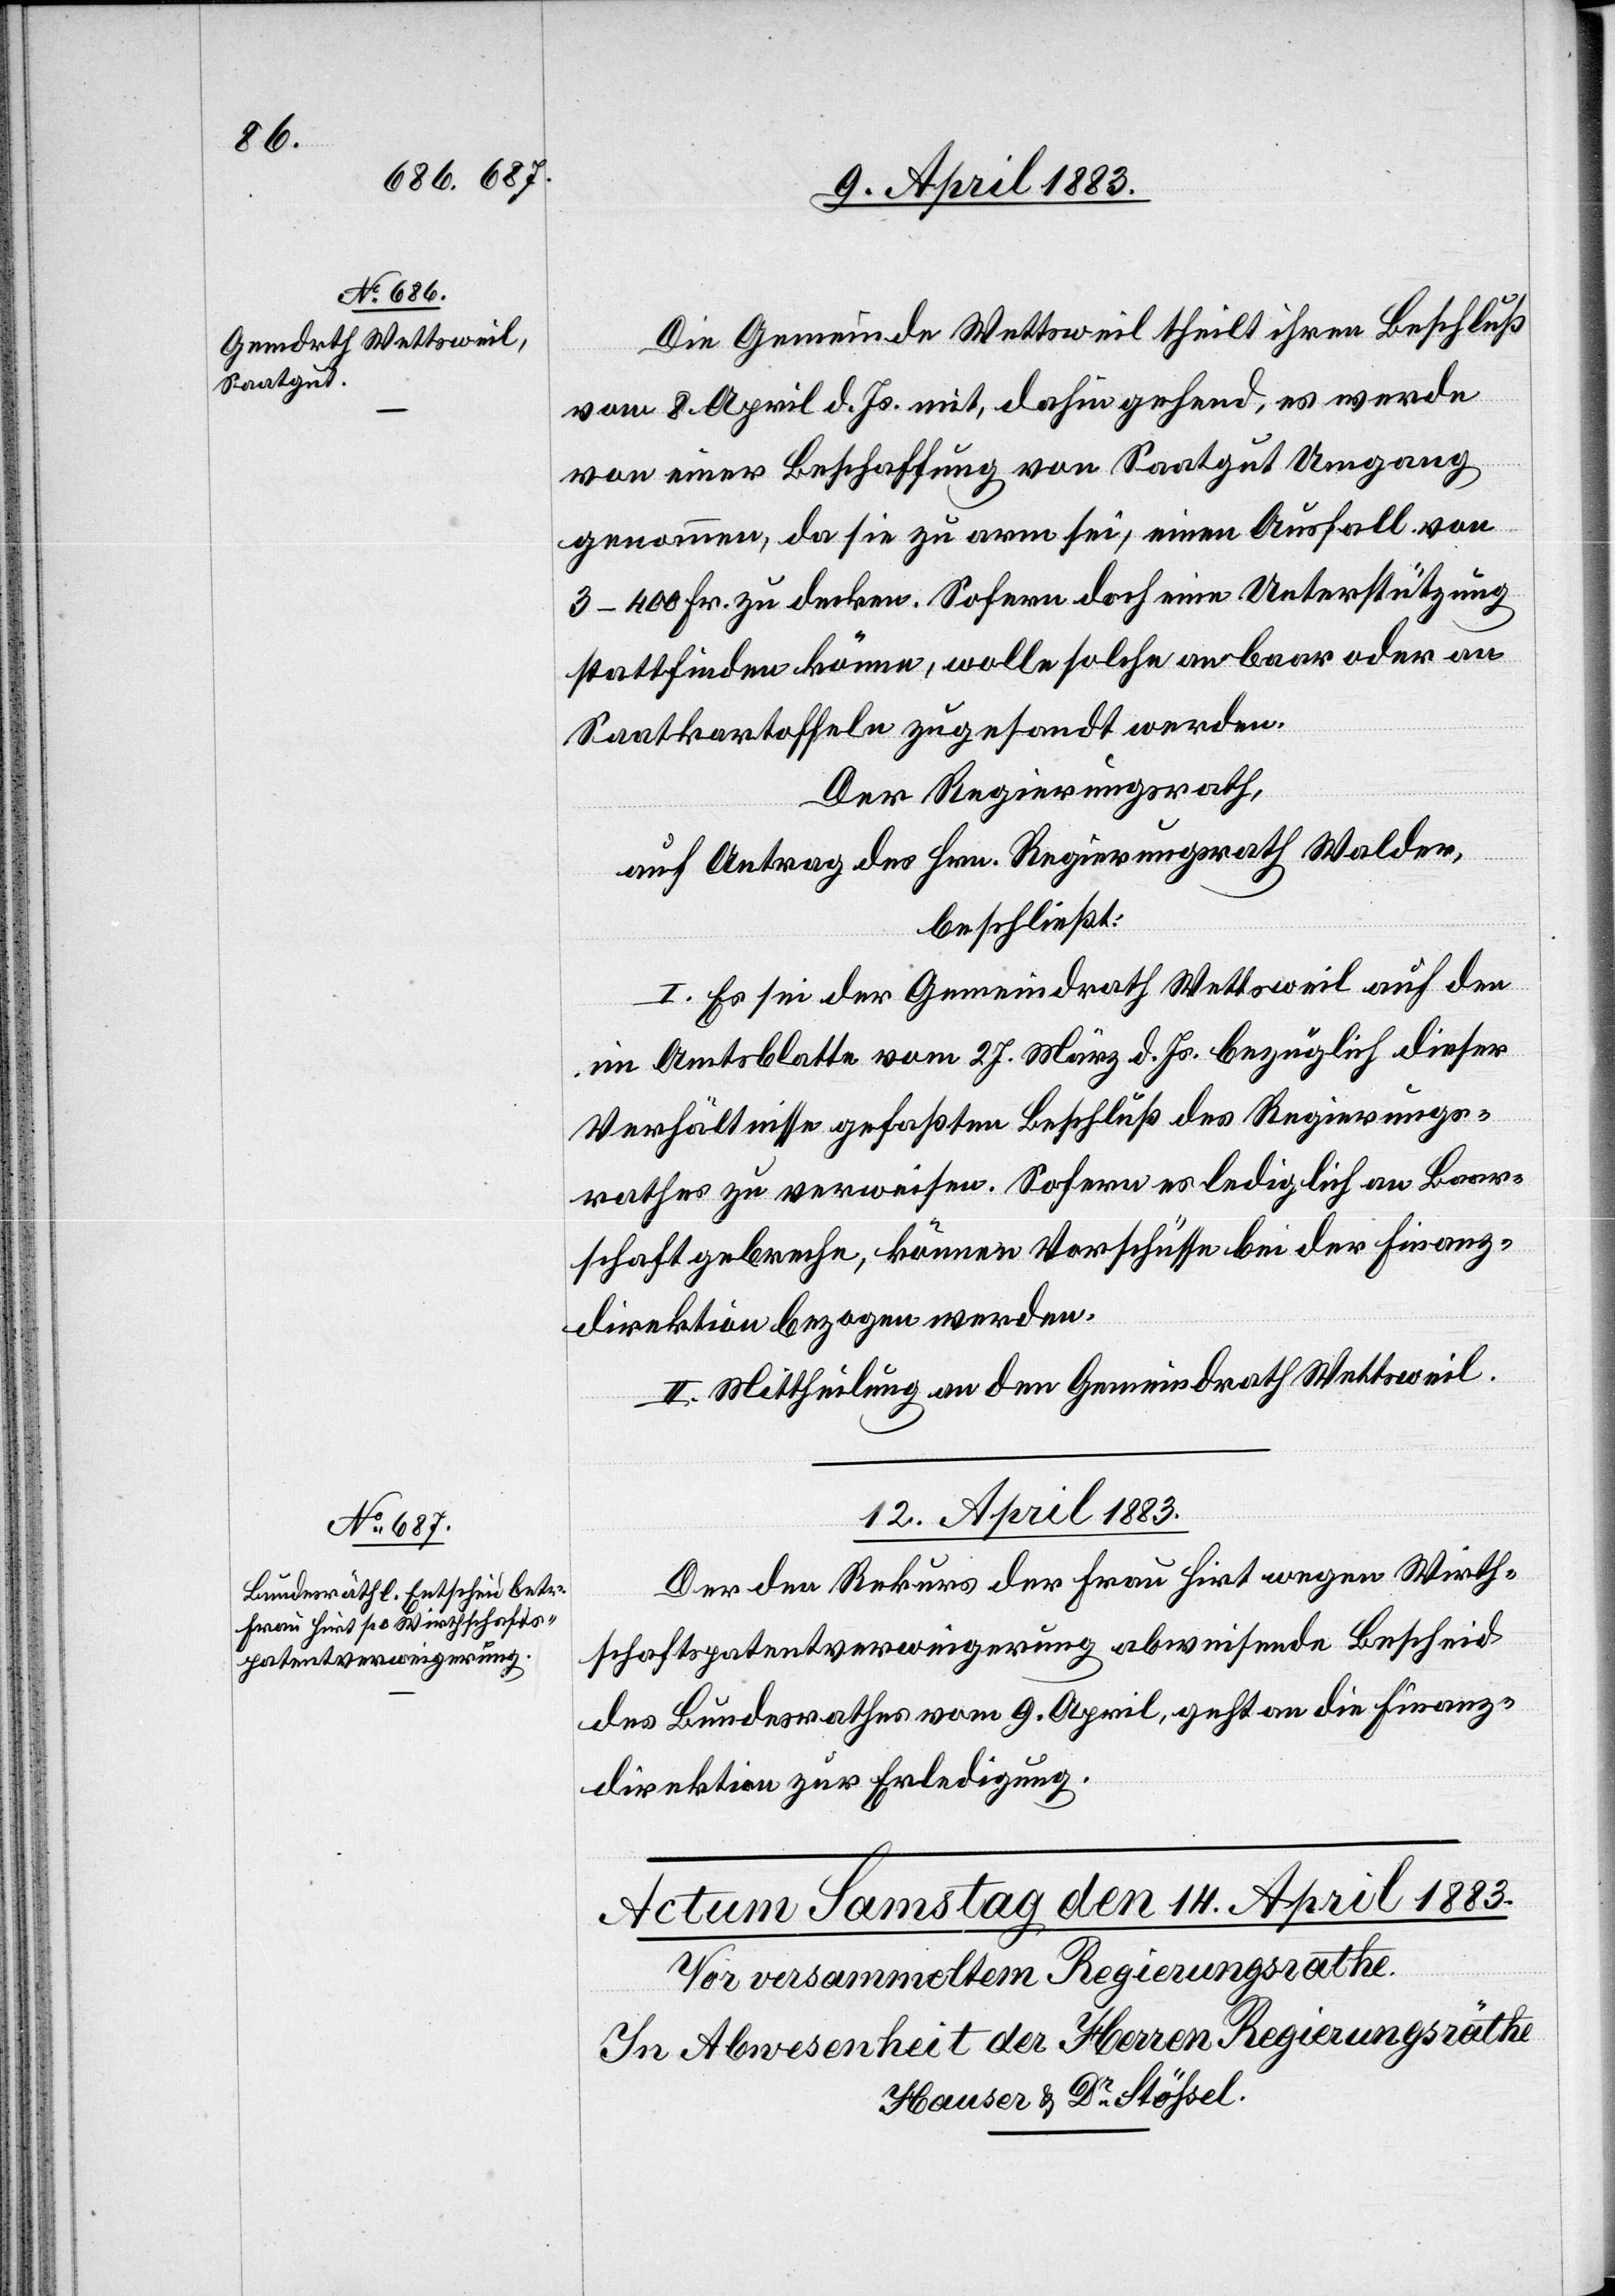
11. April 1883.]
Die Gemeinde Wettsweil theilt ihren Beschluß
vom 8. April d. Js. mit, dahin gehend, es werde
von einer Beschaffung von Saatgut Umgang
genommen, da sie zu arm sei, einen Ausfall von
3–400 Fr. zu decken. Sofern doch eine Unterstützung
stattfinden könne, wolle solche an baar oder an
Saatkartoffeln zugesandt werden.
Der Regierungsrath,
auf Antrag des Hrn. Regierungsrath Walder,
beschließt:
I. Es sei der Gemeindrath Wettsweil auf den
im Amtsblatte vom 27. März d. Js. bezüglich dieser
Verhältnisse gefaßten Beschluß des Regierungs¬
rathes zu verweisen. Sofern es lediglich an Baar¬
schaft gebreche, können Vorschüsse bei der Finanz¬
direktion bezogen werden.
II. Mittheilung an den Gemeindrath Wettsweil.
12. April 1883.
Der den Rekurs der Frau Hirt wegen Wirth¬
schaftspatentverweigerung abweisende Bescheid
des Bundesrathes vom 9. April geht an die Finanz¬
direktion zur Erledigung.